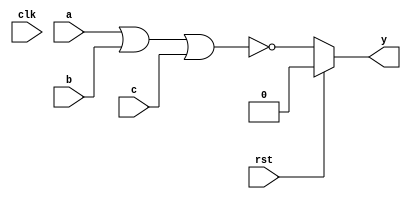
`timescale 1ns/1ps
`default_nettype none

module nor_3(y, a, b, c, rst, clk);
    parameter delay = 9;
    parameter iv = 1'b0;
    input wire a, b, c, rst, clk;

`ifdef TARGET_FPGA
    output reg y = iv;
    reg next_val = iv;
    reg prev_val = iv;
    wire result;
    
    assign result = ~(a|b|c);

    always @(posedge clk)
    begin
        prev_val = y;
        y = next_val;
    end

    always @(negedge clk)
    begin
        next_val = ((result == prev_val) && (y == iv)) ? iv : result;
    end
`else
    output wire y;
    assign #delay y = (rst) ? iv : ~(a|b|c);
`endif
endmodule